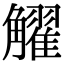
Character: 𧥋